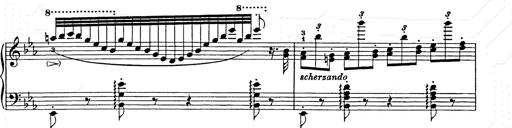
Title: Hungarian Rhapsody No.9
Composer: Franz Liszt
Key: E-flat major